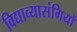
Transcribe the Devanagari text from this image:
विद्याव्यासंगियों